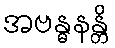
အဗန္ဓနန္တိ